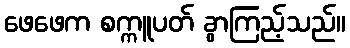
ဖေဖေက စက္ကူပတ် ခွာကြည့်သည်။